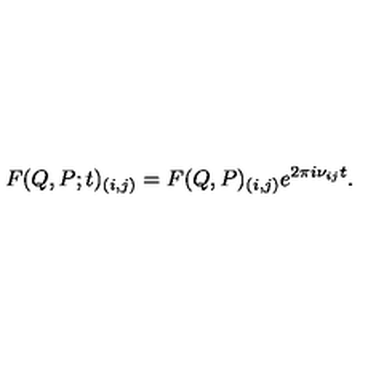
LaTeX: F ( Q , P ; t ) _ { ( i , j ) } = F ( Q , P ) _ { ( i , j ) } e ^ { 2 { \pi } i { \nu } _ { i j } t } .